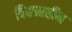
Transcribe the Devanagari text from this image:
विकारहीन